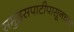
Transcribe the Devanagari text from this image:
समुद्रसपाटीपासूनच्या